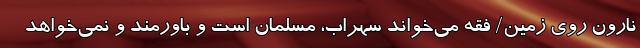
نارونِ روی زمین/ فقه می‌خواند سهراب، مسلمان است و باورمند و نمی‌خواهد